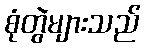
စုံတွဲများသည်